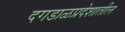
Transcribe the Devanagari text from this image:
दगडाळप्रदेशातील